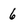
Character: 6